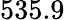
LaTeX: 535.9